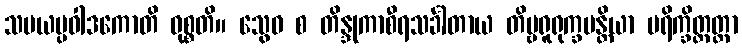
သမယပ္ပဝါဒကောတိ ဝုစ္စတိ။ သွေဝ စ တိန္ဒုကာစီရသင်္ခါတာယ တိမ္ဗရူရုက္ခပန္တိယာ ပရိက္ခိတ္တတ္တာ